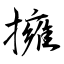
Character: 擁